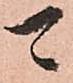
可